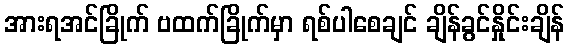
အားရအင်ခြိုက် ဗထက်ခြိုက်မှာ ရစ်ပါစေချင် ချိန်ခွင်နှိုင်းချိန်